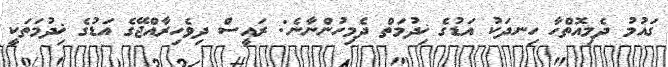
ގައުމު ދެމިއޮތްހާ ހިނދަކު އަޑުގެ ޚިދުމަތް ދެމިހުންނާނެ: ރައީސް ދިވެހިރާއްޖޭގެ އަޑުގެ ޚިދުމަތަކީ